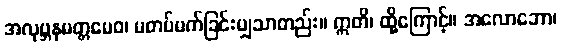
အလုဗ္ဘနမတ္တမေဝ၊ မတပ်မက်ခြင်းမျှသာတည်း။ ဣတိ၊ ထို့ကြောင့်။ အလောဘော၊